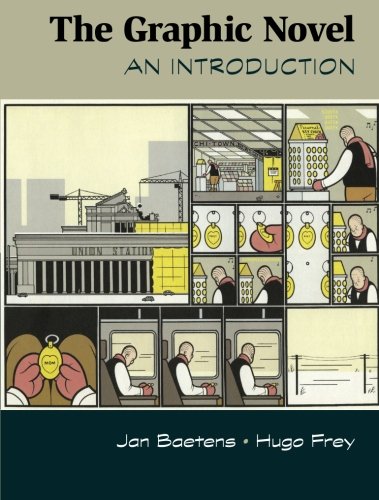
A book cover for The Graphic Novel: An Introduction (Cambridge Introductions to Literature); Dr Jan Baetens; Comics & Graphic Novels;